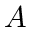
A